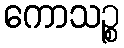
ကောသဉ္စ